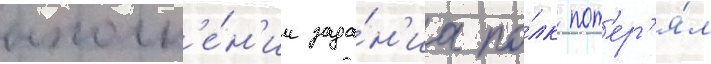
выполн'е́н'ии зада́н'иа по́лк пот'ер'я́л